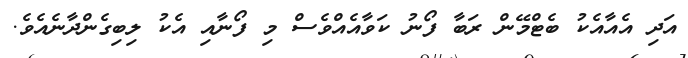
އަދި އެއާއެކު ބެޓްމޭން ރަބާ ފޯނު ކަވާއެއްވެސް މި ފޯނާއި އެކު ލިބިގެންދާނެއެވެ.